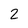
Character: 2